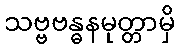
သဗ္ဗဗန္ဓနမုတ္တာမှိ